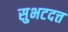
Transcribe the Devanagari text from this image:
सुभटदत्त